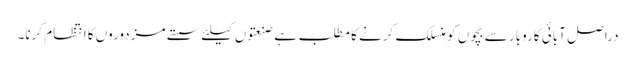
دراصل آبائی کاروبار سے بچوں کو منسلک کرنے کا مطلب ہے صنعتوں کیلئے سستے مزدوروں کا انتظام کرنا۔